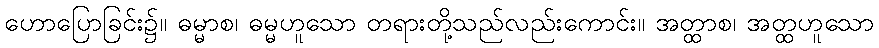
ဟောပြောခြင်း၌။ ဓမ္မာစ၊ ဓမ္မဟူသော တရားတို့သည်လည်းကောင်း။ အတ္ထာစ၊ အတ္ထဟူသော